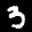
Label: 3